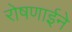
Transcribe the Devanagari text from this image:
रोषणाईने